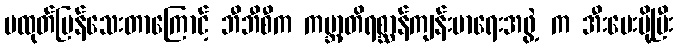
မထုတ်ပြန်သေးတာကြောင့် ဘီဘီစီက ကမ္ဘာ့တိရစ္ဆာန်ကျန်းမာရေးအဖွဲ့ က အီးမေးပို့ပြီး